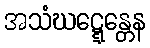
အသံဃဋ္ဋေန္တေန